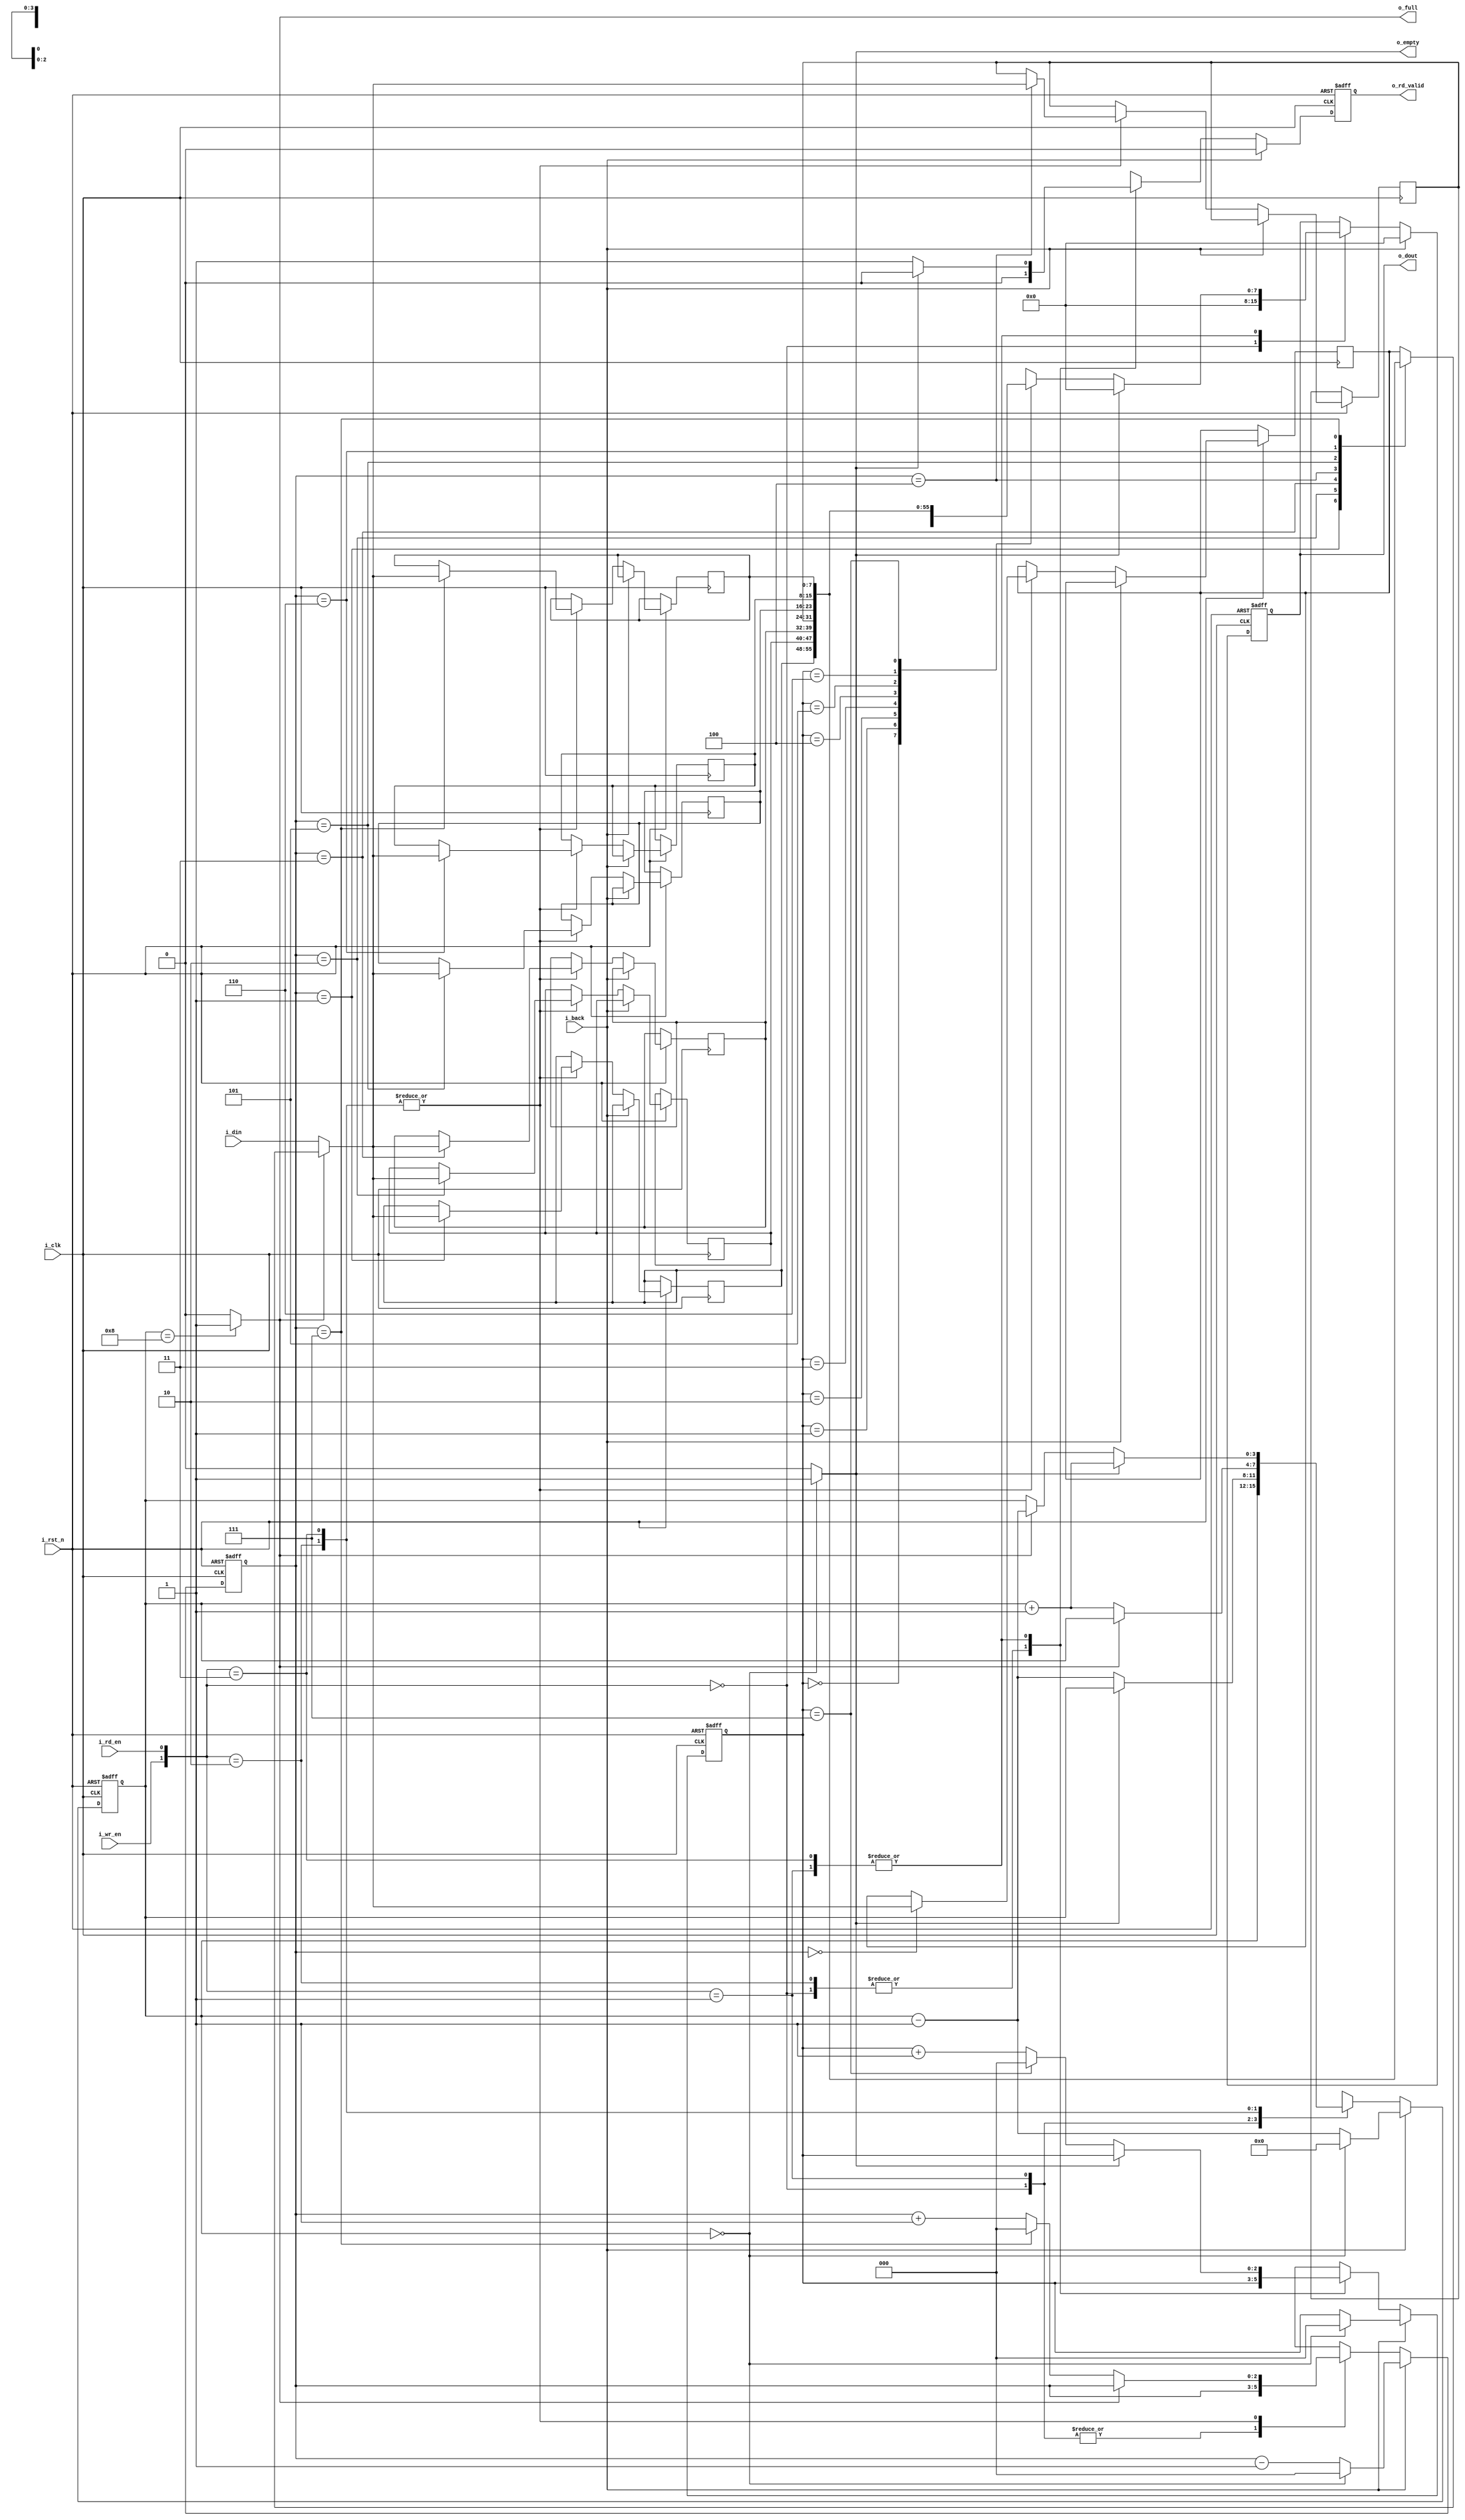
module fifo(
	input i_clk,			    //FIFO			
	input i_rst_n,          //
	input i_wr_en,          //
	input [7:0] i_din,              //
	input i_rd_en,          //
	input i_back,            //
	                            
	output reg [7:0] o_dout,            //0
	output reg o_rd_valid,    //0
	output o_empty,          //FIFO1
	output o_full             //FIFO0
);	



reg    [7:0] ram[7:0];//dual portRAM
reg    [2:0] wr_ptr,rd_ptr;//
reg    [3:0] counter;//

always@(posedge i_clk, negedge i_rst_n) begin
	if(!i_rst_n) begin
		counter <= 0;
		o_dout <= 0;
		wr_ptr <= 0;
		rd_ptr <= 0;
		o_rd_valid <= 0;
	end
	else if(i_back) begin
		if(counter == 0) begin
			counter <= 0;
			o_dout <= 0;
			wr_ptr <= 0;
			rd_ptr <= 0;
			o_rd_valid <= 0;
		end
		else begin
			counter <= counter-1;
			wr_ptr <= wr_ptr - 1;
			rd_ptr <= rd_ptr;
			o_dout <= 0;
			o_rd_valid <= 1'b0;
		end
	end
	else begin
		case({i_wr_en,i_rd_en})
			2'b00: begin
				counter<=counter;
				wr_ptr <= wr_ptr;
				rd_ptr <= rd_ptr;
				o_dout <= 0;
				o_rd_valid <= 1'b0;
			end
			2'b01: begin
				o_dout<=o_empty ? 0:ram[rd_ptr];//
				o_rd_valid <= o_empty ? 1'b0 : 1'b1;
				counter<=o_empty ? counter :counter-1;
				wr_ptr <= wr_ptr;
				rd_ptr<=o_empty ? rd_ptr :((rd_ptr==7)?0:rd_ptr+1);
		  end
			2'b10: begin
				ram[wr_ptr]<=o_full ? ram[wr_ptr] : i_din;//
				counter<=o_full ? counter : counter+1;
				o_rd_valid <= 1'b0;
				rd_ptr <= rd_ptr;
				wr_ptr<=o_full ? wr_ptr : ((wr_ptr==7)?0:wr_ptr+1);
		  end
			2'b11: begin
				ram[wr_ptr]<=o_full ? ram[wr_ptr] : i_din;//counter
				o_dout<=o_empty ? 0:ram[rd_ptr];
				o_rd_valid <= o_empty ? 1'b0 : 1'b1;
				wr_ptr<=o_full ? wr_ptr : ((wr_ptr==7)?0:wr_ptr+1);
				rd_ptr<=o_empty ? rd_ptr :((rd_ptr==7)?0:rd_ptr+1);
				counter <= o_empty ? counter + 1 : o_full ? counter-1 : counter;
			end
			
		endcase
	end
end

assign o_empty=(counter==0)?1:0;
assign o_full =(counter==8)?1:0;


endmodule